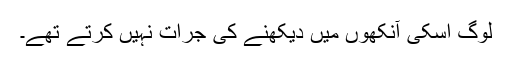
لوگ اسکی آنکھوں میں دیکھنے کی جرات نہیں کرتے تھے۔